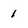
Character: 1